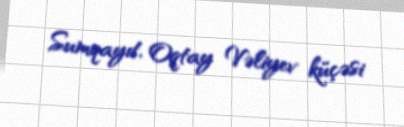
Sumqayıt, Oqtay Vəliyev küçəsi